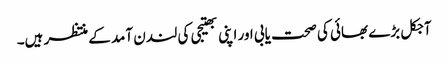
آجکل بڑے بھائی کی صحت یابی اور اپنی بھتیجی کی لندن آمد کے منتظر ہیں۔